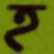
হ